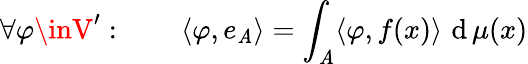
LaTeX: \forall\varphi\inV^{\prime}:\qquad\langle\varphi,e_{\mathit{A}}\rangle=\int_{\mathit{A}}\langle\varphi,f(x)\rangle\, \operatorname{d}\mu(x)